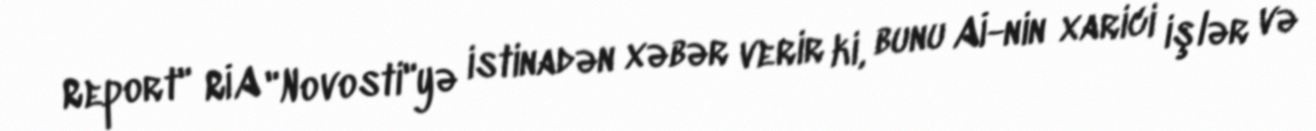
Report" RİA "Novosti"yə istinadən xəbər verir ki, bunu Aİ-nin xarici işlər və